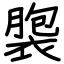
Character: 褜